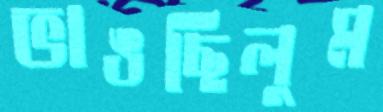
ভাঙছিলুম